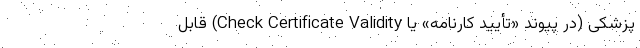
پزشکی (در پیوند «تأیید کارنامه» یا Check Certificate Validity) قابل